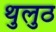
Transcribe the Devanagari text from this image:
थुलुठ